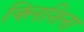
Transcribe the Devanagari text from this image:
क्लिशिना